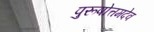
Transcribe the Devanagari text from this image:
पुरूषोत्तमदेव